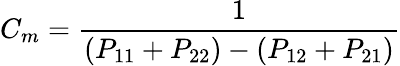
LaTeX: C_{m}={\frac{1}{(P_{11}+P_{22})-(P_{12}+P_{21})}}